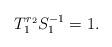
LaTeX: \begin{align*}T^{r_2}_1 S^{-1}_1=1.\end{align*}